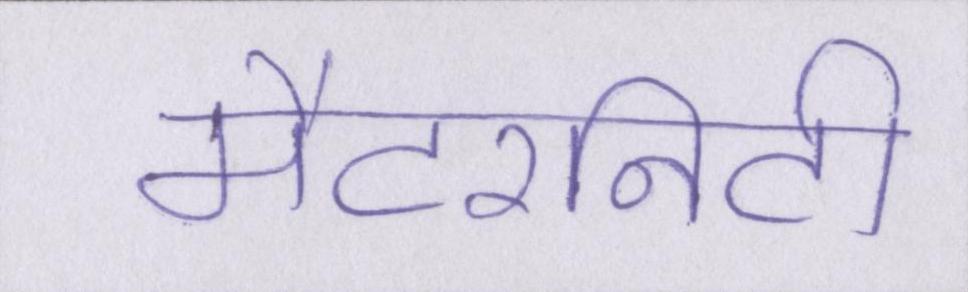
मैटरनिटी